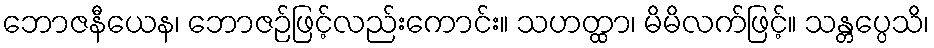
ဘောဇနီယေန၊ ဘောဇဉ်ဖြင့်လည်းကောင်း။ သဟတ္ထာ၊ မိမိလက်ဖြင့်။ သန္တပ္ပေသိ၊